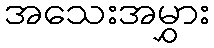
အသေးအမွှား